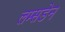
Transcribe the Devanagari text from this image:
लम्सडेन